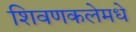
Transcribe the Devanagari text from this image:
शिवणकलेमधे